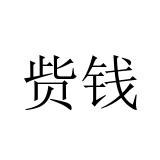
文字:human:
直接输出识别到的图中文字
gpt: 赀钱